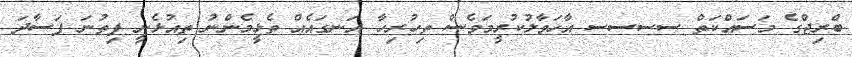
ބްރިޖްގެ މަަސައްކަތް ސސސސ އާހަވާލުކުރީމަވެސް ތިހުރިހާ އަނގައެއް ތެޅީމެންނު ތިއުޅެނީ ފިތުނަ ފަސާދަ